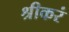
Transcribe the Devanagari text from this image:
श्रीकरं